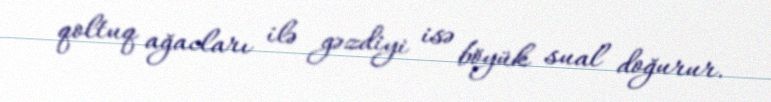
qoltuq ağacları ilə gəzdiyi isə böyük sual doğurur.